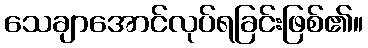
သေချာအောင်လုပ်ရခြင်းဖြစ်၏။